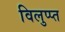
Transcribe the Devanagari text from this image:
विलुप्प्त